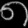
Digit: ၈